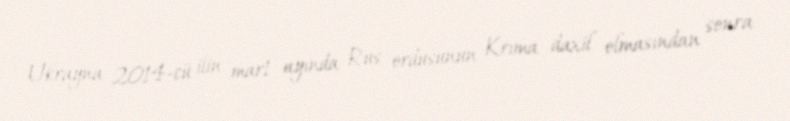
Ukrayna 2014-cü ilin mart ayında Rus ordusunun Krıma daxil olmasından sonra